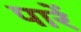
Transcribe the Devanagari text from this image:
पारें